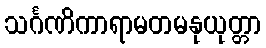
သင်္ဂဏိကာရာမတမနုယုတ္တာ